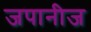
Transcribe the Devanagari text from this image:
जपानीज